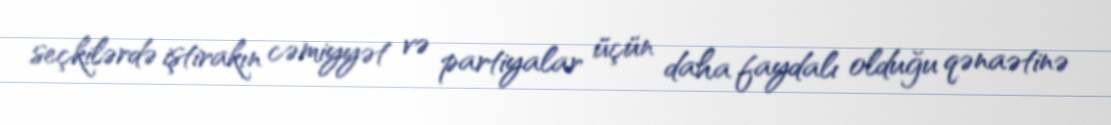
seçkilərdə iştirakın cəmiyyət və partiyalar üçün daha faydalı olduğu qənaətinə